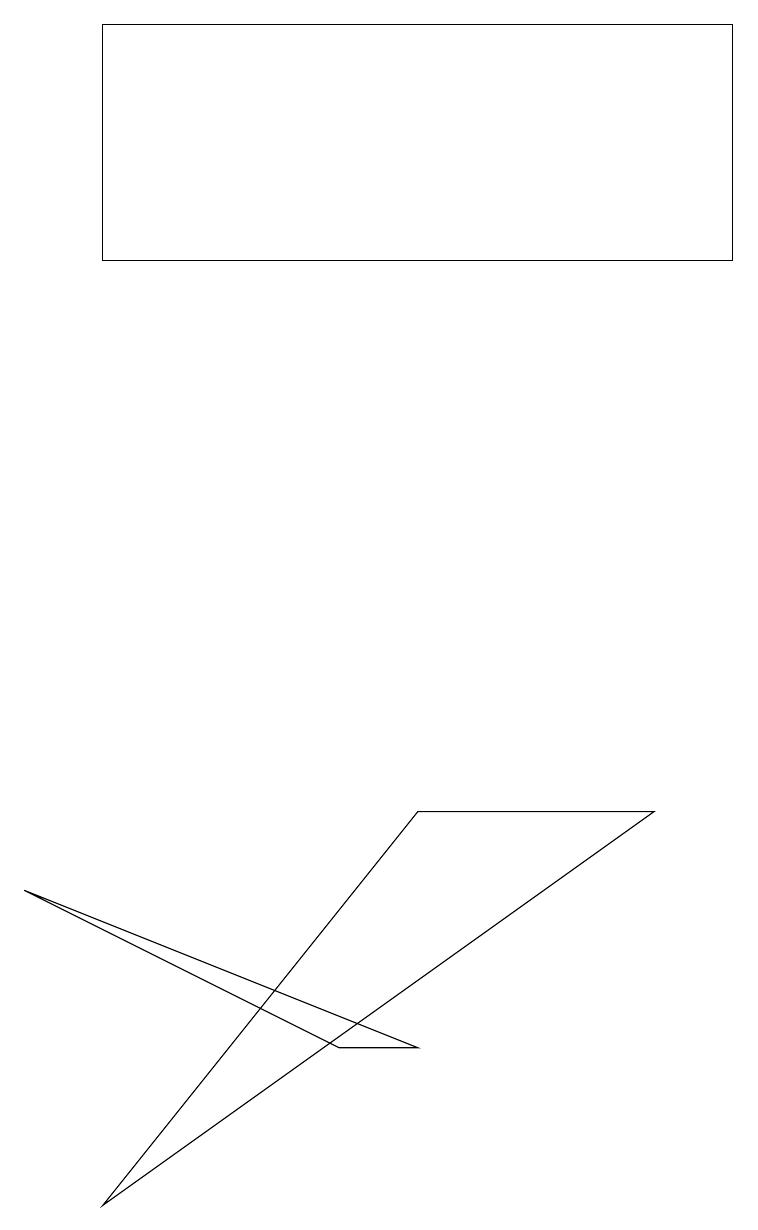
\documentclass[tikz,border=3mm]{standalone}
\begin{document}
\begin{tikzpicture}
\draw (4,3) -- (5,3) -- (0,5) -- cycle;
\draw (1,1) -- (5,6) -- (8,6) -- cycle;
\draw (1,13) rectangle (9,16);
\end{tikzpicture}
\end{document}